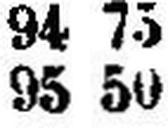
95 50